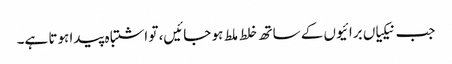
جب نیکیاں برائیوں کے ساتھ خلط ملط ہو جائیں، تو اشتباہ پیدا ہوتا ہے۔